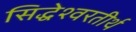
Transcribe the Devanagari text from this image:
सिद्धेश्वरतीर्थ